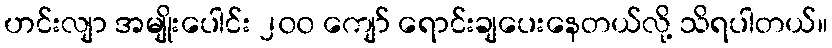
ဟင်းလျာ အမျိုးပေါင်း ၂၀၀ ကျော် ရောင်းချပေးနေတယ်လို့ သိရပါတယ်။